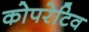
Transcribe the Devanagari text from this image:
कोपरेटिव